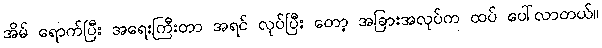
အိမ် ရောက်ပြီး အရေးကြီးတာ အရင် လုပ်ပြီး တော့ အခြားအလုပ်က ထပ် ပေါ်လာတယ်။